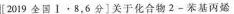
[2019全国Ⅰ . 8，6分]关于化合物2 —苯基丙烯